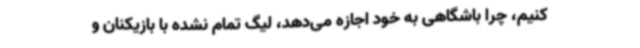
کنیم، چرا باشگاهی به خود اجازه می‌دهد، لیگ تمام نشده با بازیکنان و